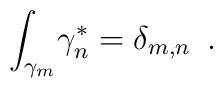
{\int_{\gamma_{m}}}{\gamma^{\ast}_{n}}={\delta_{m,n}}\,\,\,.